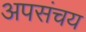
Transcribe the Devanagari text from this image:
अपसंचय